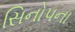
સિનોપના